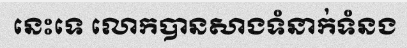
នេះទេ លោកបានសាងទំនាក់ទំនង